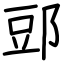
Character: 郖